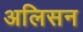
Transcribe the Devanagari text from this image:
अलिसन